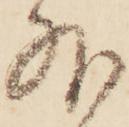
外